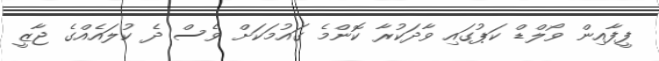
ފީފާއިން ވޯލްޑް ކަޕުގައި ވާދަކުރާ ކޮންމެ ގައުމަކަށް ވެސް ދެ ކުލައެއްގެ ޖާޒީ